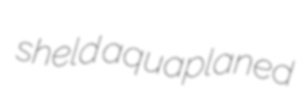
sheld aquaplaned